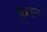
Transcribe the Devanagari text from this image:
मंत्रगुप्त